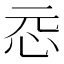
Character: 𫹵